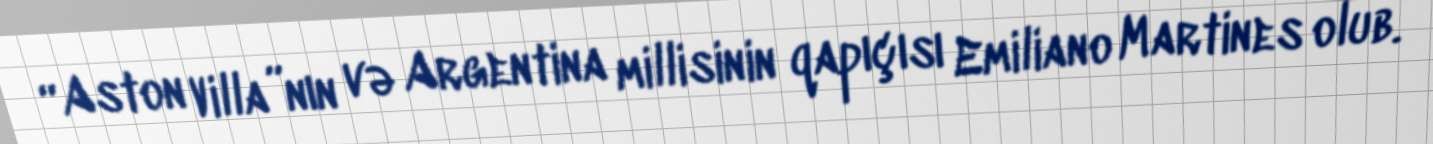
“Aston Villa”nın və Argentina millisinin qapıçısı Emiliano Martines olub.